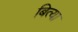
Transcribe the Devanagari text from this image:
बित्या